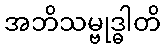
အဘိသမ္ဗုဒ္ဓါတိ